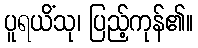
ပူရယိံသု၊ ပြည့်ကုန်၏။